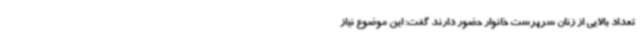
تعداد بالایی از زنان سرپرست خانوار حضور دارند گفت: این موضوع نیاز